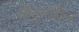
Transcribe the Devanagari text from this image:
हिंदूंमधील